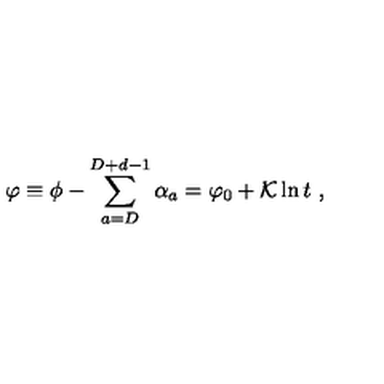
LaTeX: \varphi \equiv \phi - \sum _ { a = D } ^ { D + d - 1 } \alpha _ { a } = \varphi _ { 0 } + { \cal K } \ln t \ ,